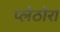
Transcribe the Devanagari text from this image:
प्लेठोरा